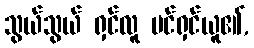
သွယ်သွယ် ရှင်လူ ပင်ရှင်ယူ၏,